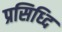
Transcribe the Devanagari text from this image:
प्रसिध्दि